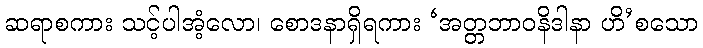
ဆရာစကား သင့်ပါအံ့လော၊ စောဒနာရှိရကား ‘အတ္တဘာဝနိဒါနာ ဟိ’စသော